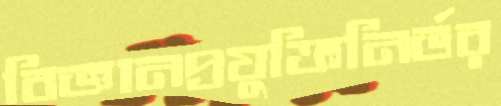
বিজ্ঞানপ্রযুক্তিনির্ভর